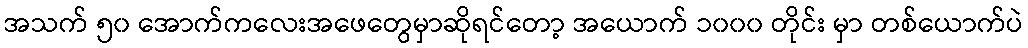
အသက် ၅၀ အောက်ကလေးအဖေတွေမှာဆိုရင်တော့ အယောက် ၁၀၀၀ တိုင်း မှာ တစ်ယောက်ပဲ